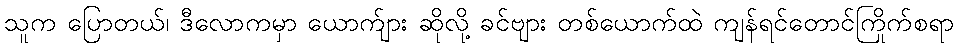
သူက ပြောတယ်၊ ဒီလောကမှာ ယောက်ျား ဆိုလို့ ခင်ဗျား တစ်ယောက်ထဲ ကျန်ရင်တောင်ကြိုက်စရာ